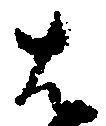
は